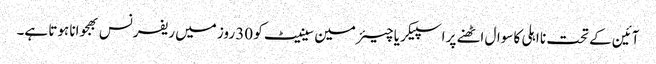
آئین کے تحت نا اہلی کا سوال اٹھنے پر اسپیکر یا چیئرمین سینیٹ کو 30 روز میں ریفرنس بھجوانا ہوتا ہے۔